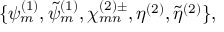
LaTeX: \{ \psi _ { m } ^ { ( 1 ) } , \tilde { \psi } _ { m } ^ { ( 1 ) } , \chi _ { m n } ^ { ( 2 ) \pm } , \eta ^ { ( 2 ) } , \tilde { \eta } ^ { ( 2 ) } \} ,